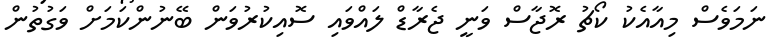
ނަމަވެސް މިއާއެކު ކޯޗު ރޮޖާސް ވަނީ ޖެރާޑް ލައްވައި ސޮއިކުރުވަން ބޭނުންކަމަށް ވަގުތުން